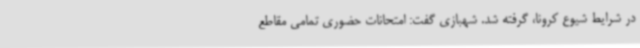
در شرایط شیوع کرونا، گرفته شد. شهبازی گفت: امتحانات حضوری تمامی مقاطع